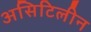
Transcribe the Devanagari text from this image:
असिटिलीन